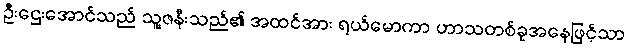
ဦးဌေးအောင်သည် သူ့ဇနီးသည်၏ အထင်အား ရယ်မောကာ ဟာသတစ်ခုအနေဖြင့်သာ